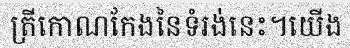
ត្រីកោណកែងនៃទំរង់នេះ។យើង